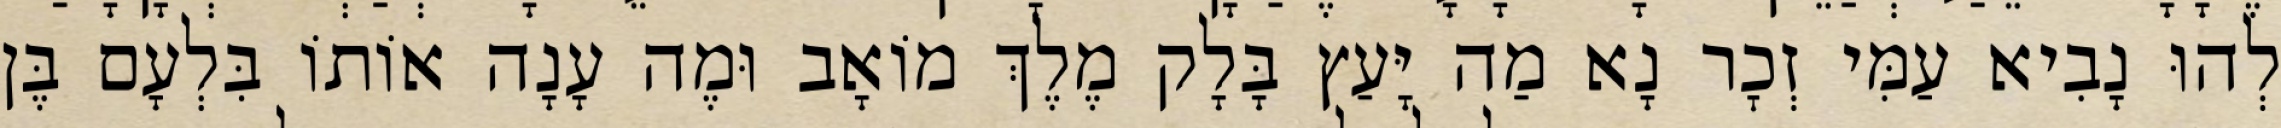
לְהוּ נָבִיא עַמִּי זְכׇר נָא מַה יָּעַץ בָּלָק מֶלֶךְ מוֹאָב וּמֶה עָנָה אוֹתוֹ בִּלְעָם בֶּן